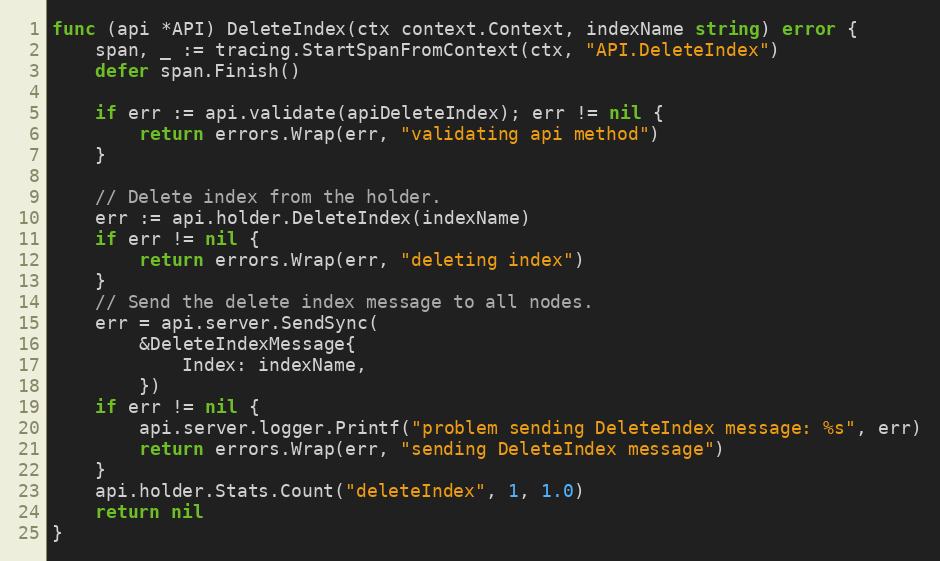
Language: Go
func (api *API) DeleteIndex(ctx context.Context, indexName string) error {
	span, _ := tracing.StartSpanFromContext(ctx, "API.DeleteIndex")
	defer span.Finish()

	if err := api.validate(apiDeleteIndex); err != nil {
		return errors.Wrap(err, "validating api method")
	}

	// Delete index from the holder.
	err := api.holder.DeleteIndex(indexName)
	if err != nil {
		return errors.Wrap(err, "deleting index")
	}
	// Send the delete index message to all nodes.
	err = api.server.SendSync(
		&DeleteIndexMessage{
			Index: indexName,
		})
	if err != nil {
		api.server.logger.Printf("problem sending DeleteIndex message: %s", err)
		return errors.Wrap(err, "sending DeleteIndex message")
	}
	api.holder.Stats.Count("deleteIndex", 1, 1.0)
	return nil
}